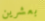
بعشرين